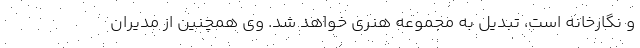
و نگارخانه‌ است، تبدیل به مجموعه هنری خواهد شد. وی همچنین از مدیران